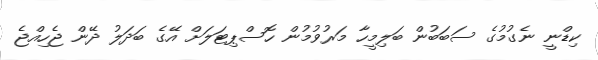
ކިޑްނީ ނެގުމުގެ ސަބަބުން ބަލިމީހާ މަރުވުމުން ހޮސްޕިޓަލަށް އޭގެ ބަދަލު ދޭން ޖެހިއްޖެ